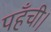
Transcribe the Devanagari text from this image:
पहँची।